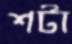
শটা